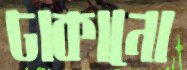
ঢাকানো